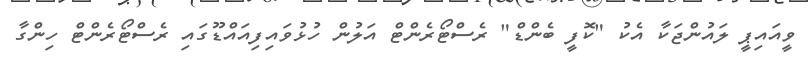
ވީއައިޕީ ލައުންޖަކާ އެކު "ކޮފީ ބެންޑް" ރެސްޓޯރެންޓް އަލުން ހުޅުވައިފިއައްޑޫގައި ރެސްޓޯރެންޓް ހިންގާ